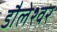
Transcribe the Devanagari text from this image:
डौलेश्वर